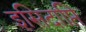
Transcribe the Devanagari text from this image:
इसिदाप्ति